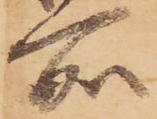
所